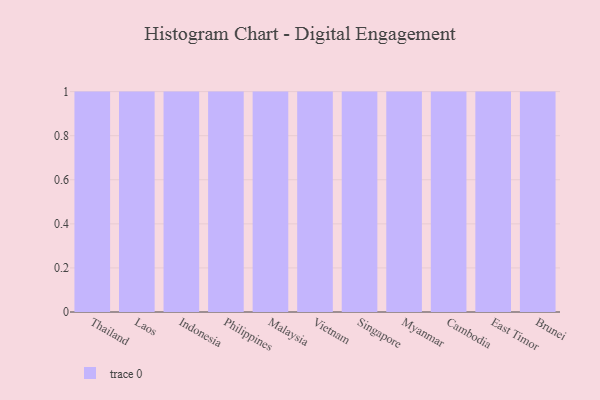
{"axis": {"x": "Country", "y": "Conversion Rate (%)"}, "legend": [""], "data": [{"x": "Thailand", "y": 31, "type": ""}, {"x": "Laos", "y": 8, "type": ""}, {"x": "Indonesia", "y": 94, "type": ""}, {"x": "Philippines", "y": 69, "type": ""}, {"x": "Malaysia", "y": 15, "type": ""}, {"x": "Vietnam", "y": 64, "type": ""}, {"x": "Singapore", "y": 11, "type": ""}, {"x": "Myanmar", "y": 86, "type": ""}, {"x": "Cambodia", "y": 1, "type": ""}, {"x": "East Timor", "y": 33, "type": ""}, {"x": "Brunei", "y": 34, "type": ""}]}